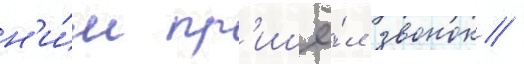
н'и́м пр'ишё́л звонок /